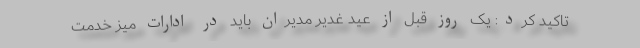
تاکید کرد: یک روز قبل از عید غدیر مدیران باید در ادارات میز خدمت